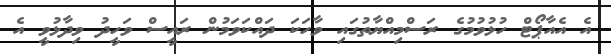
އެ އެއާޕޯޓް ހުޅުވުމުގެ ރަސްމިއްޔާތުގައި ވާހަކަ ދައްކަވަމުން ރައީސް ވަހީދު ވިދާޅުވީ އެ